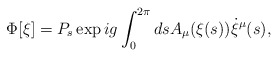
\begin{align*}\Phi[\xi] = P_s \exp ig\int_0^{2\pi} ds A_\mu(\xi(s)) \dot{\xi}^\mu(s),\end{align*}